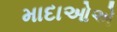
માદાઓએ